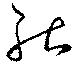
能